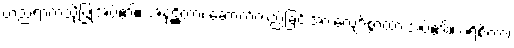
တည်ရာကဲ့သို့ပြုအပ်၏။ အနုဋ္ဌိတာ၊ ဆောက်တည်ခြင်းအားလျော်စွာထားအပ်၏။ ပရိစိတာ၊